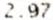
2.97